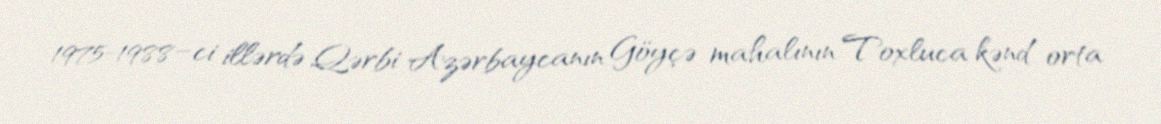
1975-1988–ci illərdə Qərbi Azərbaycanın Göyçə mahalının Toxluca kənd orta